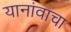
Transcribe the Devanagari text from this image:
यानांवाचा